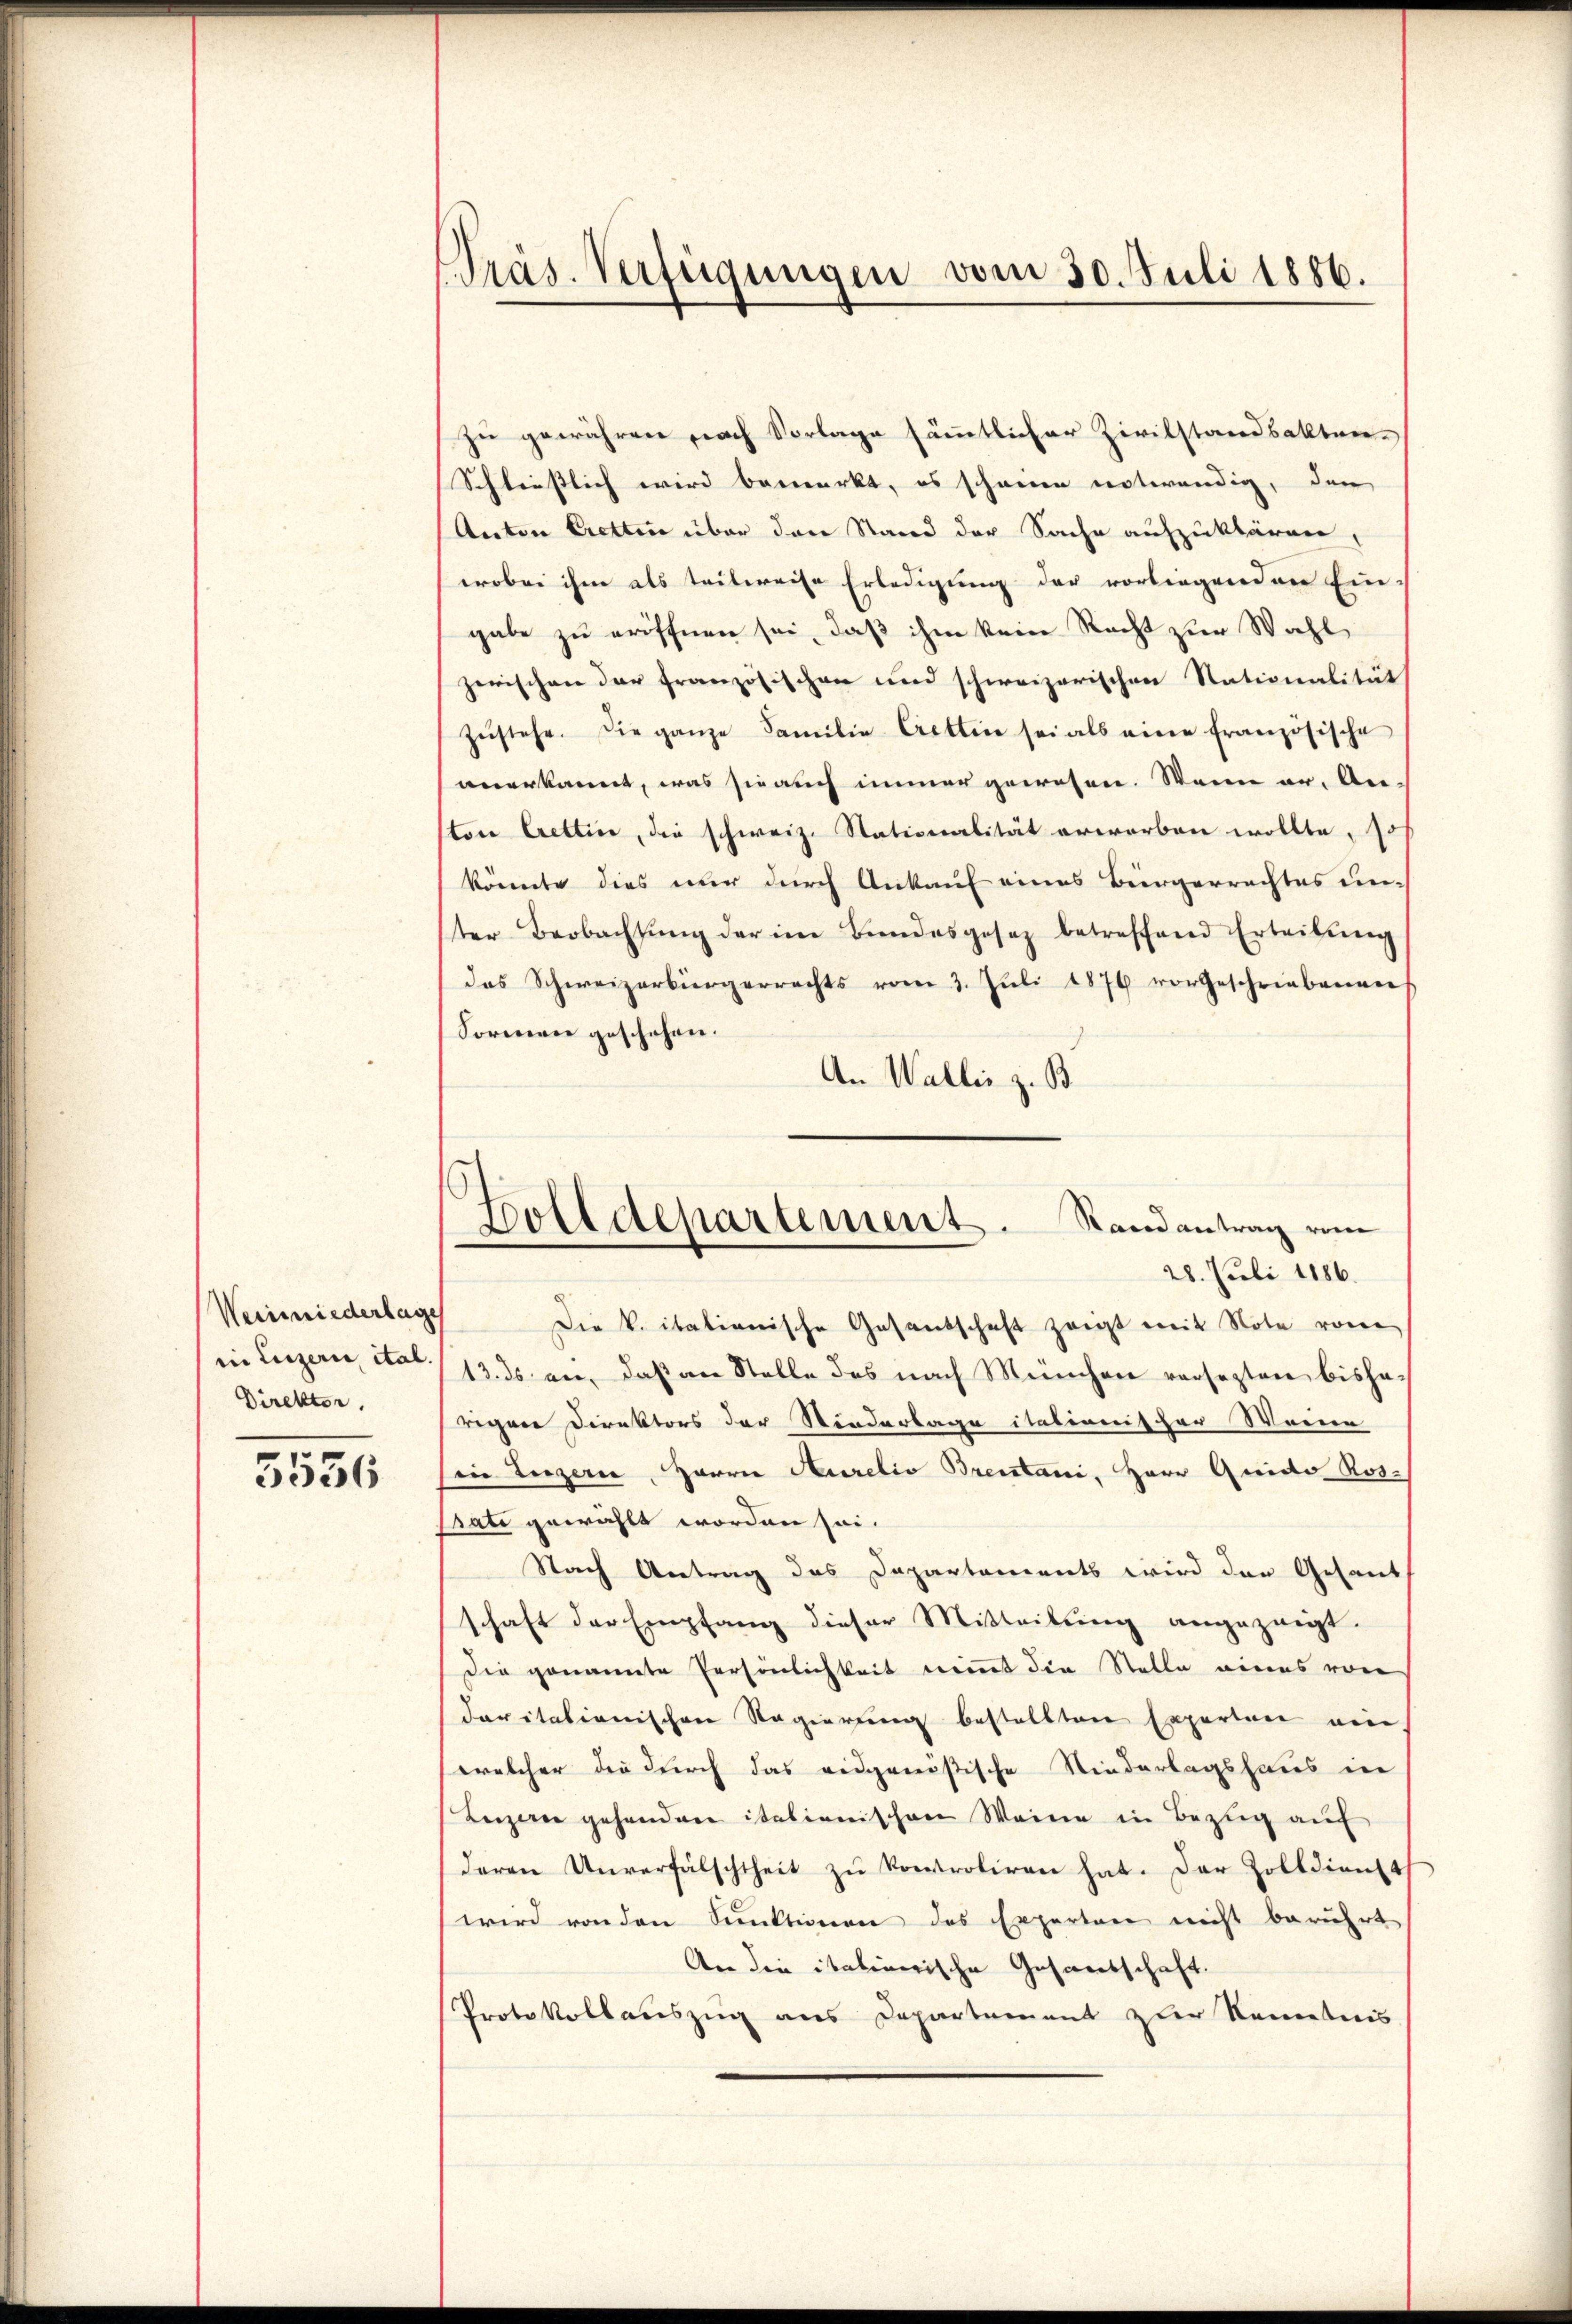
Weinwiederlag
in Luzern ital.
Direktor.

5536

Präs. Verfügungen vom 30. Juli 1886.

zu gewähren nach Vorlage sämmtlicher Zivilstandsakten.
Schliesslich wird bemerkt, es schonen notwendig, den
Anton Cretten über den Stand der Sache aufzuklären,
erobei ihm als teilweise Erledigung der vorliegenden Ein-
gabe zu eröffnen sei, daß ihm kein Recht zur Wahl
zerischen der Französischen und schweizerischen Stationalität
zŭstehe. Die ganze Familie Cretten sei als eine französische
anerkannt, was sie auch immer gewesen. Wenn er, An-
tore Crettice, die schweiz. Stationalität erworben wollte, so
könnte dies nur durch Ankauf eines Bürgerrechtes unter Beobachtŭng der im Bundesgesez betreffend Erteilŭng
das Schweizerbürgerrechts vom 3. Juli 1876 vorgeschriebenen
Formen geschehen.
An Wallis z. B.
28. Juli 1886.
Die v. itationische Gesandschaft zeigt mit Note von
13. ds. an, daß an Stelle des nach München versezten bisharegen Direktors der Stiederlage italionis her Weine
so Luzern, Harrer Aurelis Brentani, Herr Quido Ros-
Brate gewählt worden sei.
Nach Antrag das Dapartements wird der Gesand
schaft der Empfang dieser Mitteilung angezeigt.
die genannte Persönlichkeit nimmt die Stelle eines von
daritationischen Regierung bestellten Experten ein
welcher die durch das eidgenößische Niederlagshaus in
Leizerin gehenden italienischen Weine in Bezug auf
deren Unverfälschtheit zu kontroliren hat. Der Zolldienst
wird von den Funktionen des Experten nicht berührt
An die italinerische Gesandschaft.
Protokollauszug aus Departement zur Kenntnis

Polldepartement. Randantrag vom